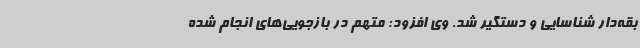
بقه‌دار شناسایی و دستگیر شد. وی افزود: متهم در بازجویی‌های انجام شده